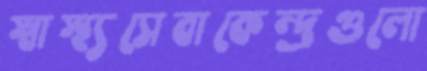
স্বাস্থ্যসেবাকেন্দ্রগুলো